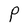
Character: P